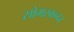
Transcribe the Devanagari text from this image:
सोमस्कन्दर